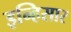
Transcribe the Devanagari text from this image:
इन्हिसार